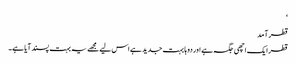
‘
قطر آمد
قطر ایک اچھی جگہ ہے اور دوہا بہت جدید ہے اس لیے مجھے یہ بہت پسند آیا ہے۔